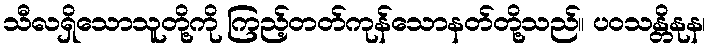
သီလရှိသောသူတို့ကို ကြည့်တတ်ကုန်သောနတ်တို့သည်။ ပဝသန္တိနုန၊